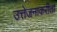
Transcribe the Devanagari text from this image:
उत्तेजनाकरीता